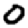
Digit: 0